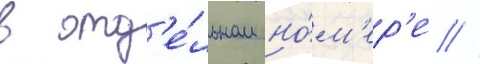
в отд'е́льном но́м'ер'е //